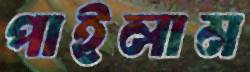
পাইলাম